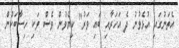
އެތަނުގައި އުޅެވުނު ދެ އަހަރާއި ބައި ވަރު" ކިޔެވުން ވެސް ވަކި ހިސާބަކުން